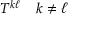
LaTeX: T ^ { k \ell } \quad k \neq \ell